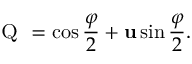
{ \textsc { Q } } = \cos \frac { \varphi } { 2 } + { \mathbf u } \sin \frac { \varphi } { 2 } .